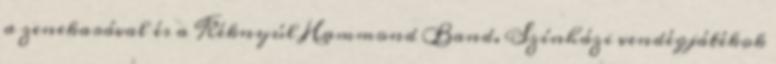
a zenekarával és a Kéknyúl Hammond Band. Színházi vendégjátékok